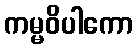
ကမ္မဝိပါကော